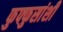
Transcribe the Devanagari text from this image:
फुफ्फुसांशी